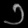
Digit: ၁